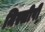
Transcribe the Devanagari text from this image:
मिस्सीपी